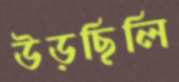
উড়ছিলি